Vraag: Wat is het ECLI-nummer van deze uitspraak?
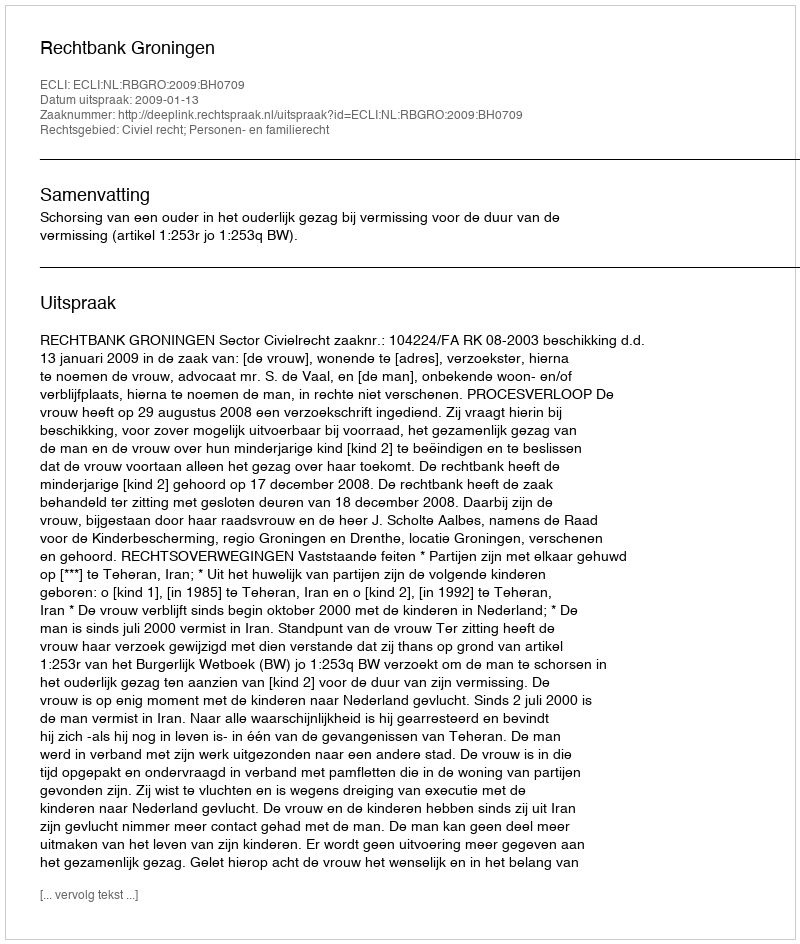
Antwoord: ECLI:NL:RBGRO:2009:BH0709